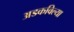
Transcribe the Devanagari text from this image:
अडकविल्या